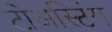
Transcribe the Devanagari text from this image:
टोअस्टिंग